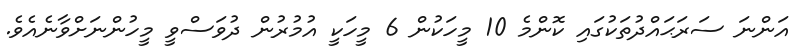
އަންނަ ސަރަޙައްދުތަކުގައި ކޮންމެ 10 މީހަކުން 6 މީހަކީ އުމުރުން ދުވަސްވީ މީހުންނަށްވާނެއެވެ.